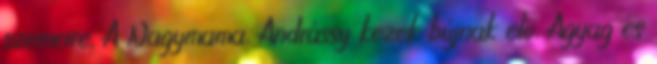
szemeire. A Nagymama, Andrássy kezek bújnak elő. Agyag és